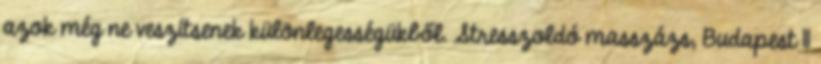
azok még ne veszítsenek különlegességükből. Stresszoldó masszázs, Budapest 11